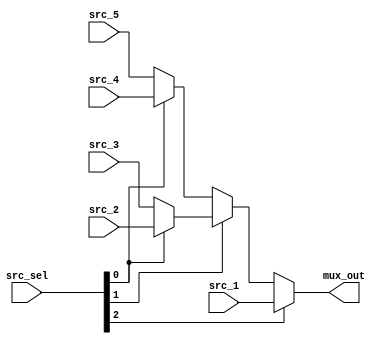
`timescale 1ns / 1ps

module mux_5to1(src_1, src_2, src_3,src_4,src_5,src_sel,
  
                mux_out  
    );
    
input[7:0] src_1, src_2, src_3, src_4,src_5;
input[2:0] src_sel;
  
output wire[7:0] mux_out;    
    
assign mux_out = src_sel[2] ? src_1 : (src_sel[1] ? (src_sel[0] ? src_2 : src_3) : (src_sel[0] ? src_4 : src_5));   
 
endmodule